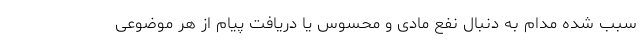
سبب شده مدام به دنبال نفع مادی و محسوس یا دریافت پیام از هر موضوعی